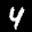
Label: 4